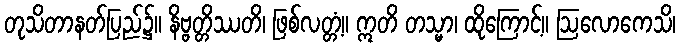
တုသိတာနတ်ပြည်၌။ နိဗ္ဗတ္တိဿတိ၊ ဖြစ်လတ္တံ့။ ဣတိ တသ္မာ၊ ထိုကြောင့်။ ဩလောကေသိ၊